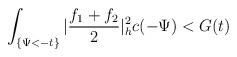
LaTeX: \begin{align*}\int_{\{\Psi<-t\}}|\frac{f_1+f_2}{2}|^2_hc(-\Psi)< G(t)\end{align*}